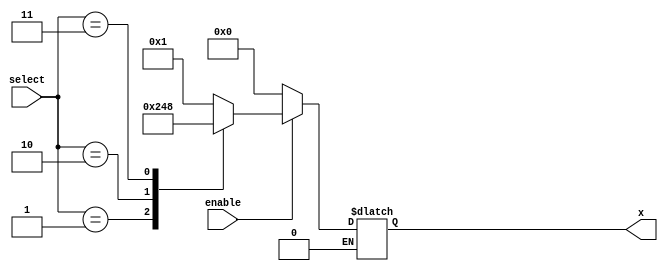
module Decoder(select, enable, x);

	input [1:0] select;
	input enable;
	
	output reg [3:0] x;
	
	always @(select)
	begin
		if (enable==1)
			case (select)
				5'd0: x <= 4'b0001;
				5'd1: x <= 4'b0010;
				5'd2: x <= 4'b0100;
				5'd3: x <= 4'b1000;
			endcase
			else if (enable==0) x <= 4'b0000;
	end
	
endmodule